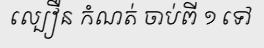
ល្បឿន កំណត់ ចាប់ពី ១ ទៅ